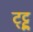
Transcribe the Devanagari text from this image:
ट्ट्टु